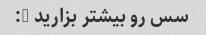
سس رو بیشتر بزارید D: